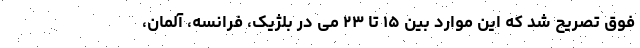
فوق تصریح شد که این موارد بین ۱۵ تا ۲۳ می در بلژیک، فرانسه، آلمان،